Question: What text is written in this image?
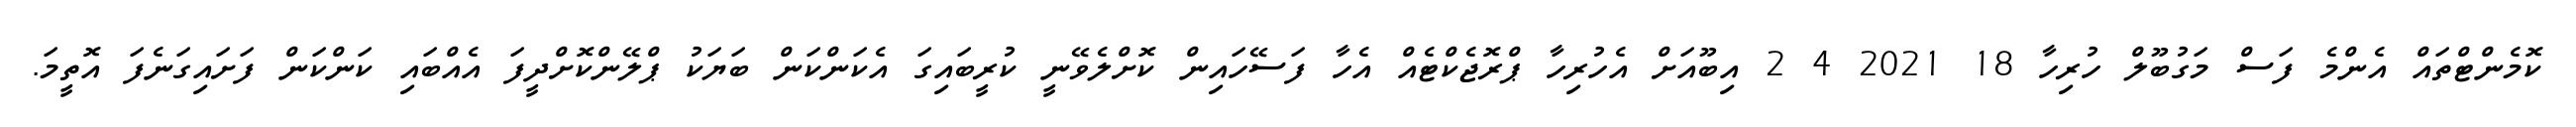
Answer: ކޮމެންޓްތައް އެންމެ ފަސް މަގުބޫލް ހުރިހާ 18 2021 4 2 އިބޫއަށް އެހުރިހާ ޕްރޮޖެކްޓެއް އެހާ ފަސޭހައިން ކޮށްލެވޭނީ ކުރީބައިގަ އެކަންކަން ބަޔަކު ޕްލޭންކޮށްދީފަ އެއްބައި ކަންކަން ފަށައިގަނެފަ އޮތީމަ.